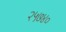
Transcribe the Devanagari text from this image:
२५७४०